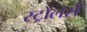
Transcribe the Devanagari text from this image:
स्ट्रोलर्स